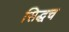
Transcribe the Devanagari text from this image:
सिद्धच